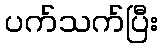
ပက်သက်ပြီး